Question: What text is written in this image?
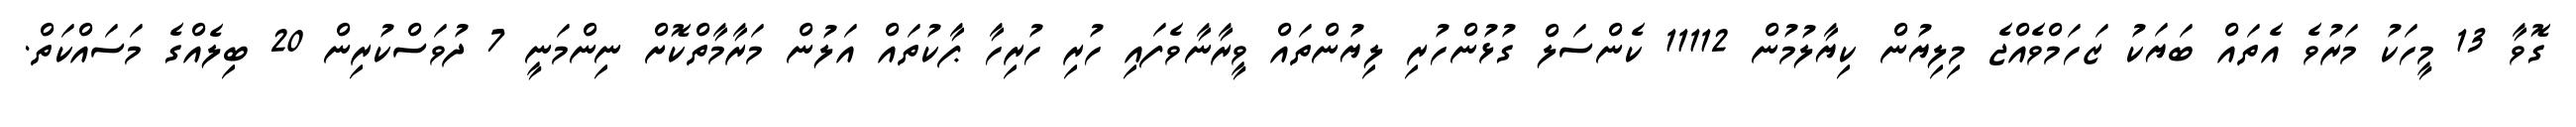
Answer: ގޮވާ 13 މީހަކު މަރުވެ އެތައް ބަޔަކު ޒަހަމްވެއްޖެ މިލިޔުން ކިޔާލުމުން 11112 ކެންސަލް ގުޅުންހުރި ލިޔުންތައް ވީރާނާވެފައި ހުރި ހުރިހާ ޕާކުތައް އަލުން މަރާމާތްކޮށް ނިންމަނީ 7 ދުވަސްކުރިން 20 ބިލެއްގެ މަސައްކަތް.